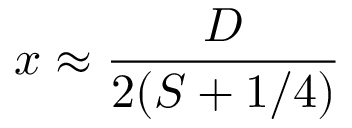
x \approx \frac { D } { 2 ( S + 1 / 4 ) }